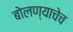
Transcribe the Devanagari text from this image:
बोलण्याचेच